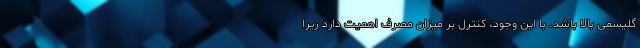
گلیسمی بالا باشد. با این وجود، کنترل بر میزان مصرف اهمیت دارد زیرا